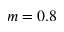
m = 0 . 8